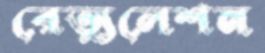
রেভ্যুলেশন